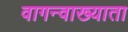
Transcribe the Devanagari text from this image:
वागन्वाख्याता